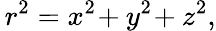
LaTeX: \, r^{2}=x^{2\! }+y^{2\! }+z^{2},